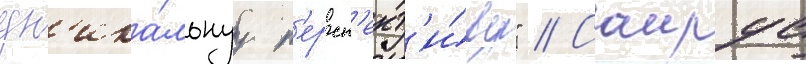
ун'ика́льнуу п'ерсп'ект'и́ву" // Саирус